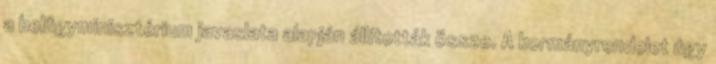
a belügyminisztérium javaslata alapján állították össze. A kormányrendelet úgy